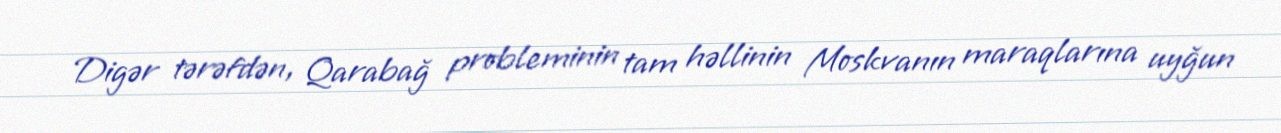
Digər tərəfdən, Qarabağ probleminin tam həllinin Moskvanın maraqlarına uyğun